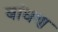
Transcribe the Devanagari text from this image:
बांधण